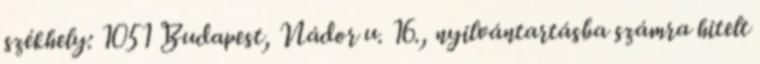
székhely: 1051 Budapest, Nádor u. 16., nyilvántartásba számra hitelt